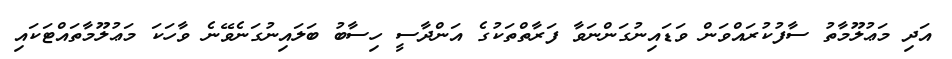
އަދި މަޢުލޫމާތު ސާފުކުރައްވަން ވަޑައިނުގަންނަވާ ފަރާތްތަކުގެ އަންދާސީ ހިސާބު ބަލައިނުގަނެވޭނެ ވާހަކަ މަޢުލޫމާތައްޓަކައި